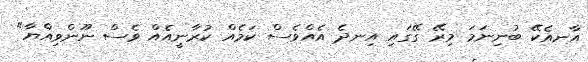
އާނއެކޭ ބުނިނަމަ މިރޭ ގޭގައި އިނދެ އެއްވެސް ކަމެއް ކުރާނީއެއް ވެސް ނޫންވިއްޔާ"